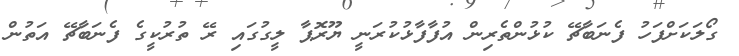
ގޯލަކަށްފަހު ފެނަބާޗޭ ކުޅުންތެރިން އުފާފާޅުކުރަނީ ޔޫރޮޕާ ލީގުގައި ރޭ ތުރުކީގެ ފެނަބާޗޭ އަތުން